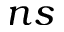
n s